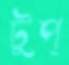
টুপ্‌